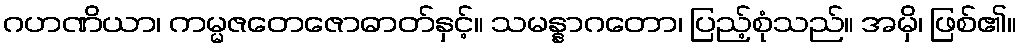
ဂဟဏိယာ၊ ကမ္မဇတေဇောဓာတ်နှင့်။ သမန္နာဂတော၊ ပြည့်စုံသည်။ အမှိ၊ ဖြစ်၏။